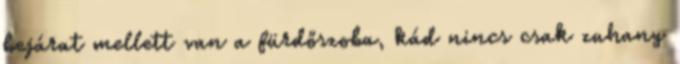
bejárat mellett van a fürdőszoba, kád nincs csak zuhany